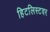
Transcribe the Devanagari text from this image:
हिटलिस्टवर